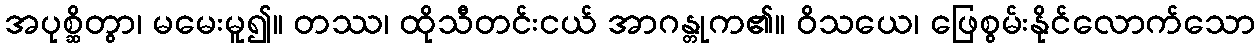
အပုစ္ဆိတွာ၊ မမေးမူ၍။ တဿ၊ ထိုသီတင်းငယ် အာဂန္တုက၏။ ဝိသယေ၊ ဖြေစွမ်းနိုင်လောက်သော